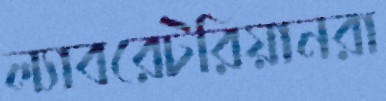
ল্যাবরেটরিয়ানরা